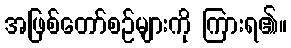
အဖြစ်တော်စဉ်များကို ကြားရ၏။